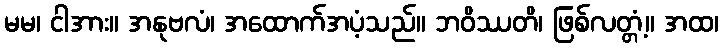
မမ၊ ငါအား။ အနုဗလံ၊ အထောက်အပံ့သည်။ ဘဝိဿတိ၊ ဖြစ်လတ္တံ့။ အထ၊